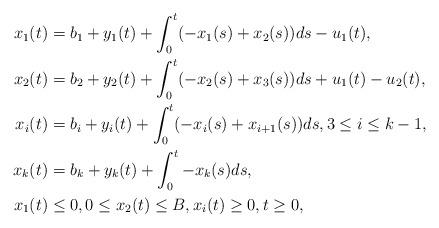
LaTeX: \begin{align*}x_1(t) &= b_1 + y_1(t) + \int_0^t(-x_1(s) + x_2(s))ds - u_1(t), \\x_2(t) &= b_2 + y_2(t) + \int_0^t(-x_2(s) + x_3(s))ds + u_1(t) - u_2(t), \\x_i(t) &= b_i + y_i(t) + \int_0^t(-x_i(s) + x_{i+1}(s))ds,3 \le i \le k-1, \\x_k(t) &= b_k + y_k(t) + \int_0^t-x_k(s)ds, \\x_1(t) &\le 0, 0 \le x_2(t) \le B, x_i(t) \ge 0, t \ge 0, \end{align*}